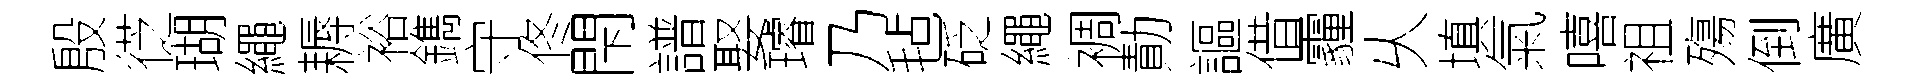
殷徔瑚繩耨裕鐫守佟閇譜娶璿乃毡砭繩裯勣謳借霾乆填氣嘻祖殤倒廣